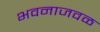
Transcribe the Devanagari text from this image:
भवनाजवळ